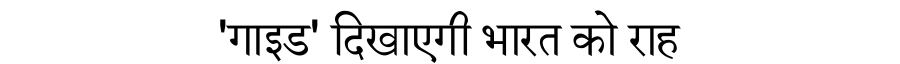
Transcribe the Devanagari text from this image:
'गाइड' दिखाएगी भारत को राह